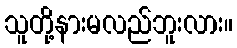
သူတို့နားမလည်ဘူးလား။